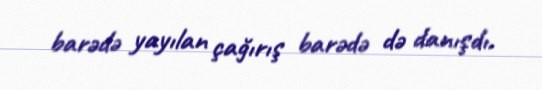
barədə yayılan çağırış barədə də danışdı.